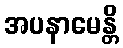
အပနာမေန္တိ